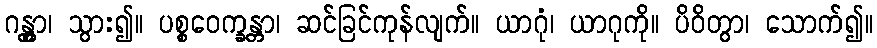
ဂန္တွာ၊ သွား၍။ ပစ္စဝေက္ခန္တာ၊ ဆင်ခြင်ကုန်လျက်။ ယာဂုံ၊ ယာဂုကို။ ပိဝိတွာ၊ သောက်၍။